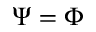
\Psi = \Phi